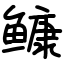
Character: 𩾌